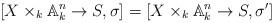
LaTeX: \begin{align*}[X\times_k\mathbb A_k^n\to S,\sigma]=[X\times_k\mathbb A_k^n\to S,\sigma']\end{align*}